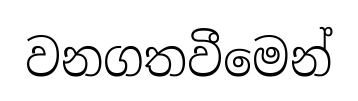
වනගතවීමෙන්